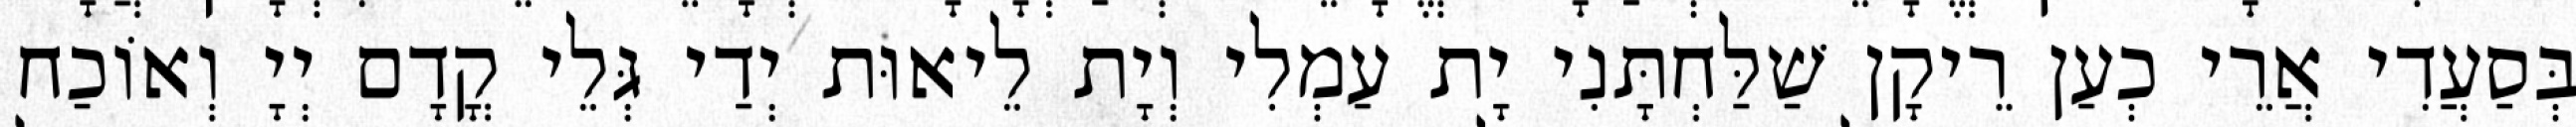
בְּסַעֲדִי אֲרֵי כְעַן רֵיקָן שַׁלַּחְתָּנִי יָת עַמְלִי וְיָת לֵיאוּת יְדַי גְּלֵי קֳדָם יְיָ וְאוֹכַח